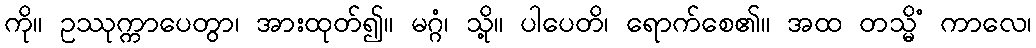
ကို။ ဥဿုက္ကာပေတွာ၊ အားထုတ်၍။ မဂ္ဂံ၊ သို့။ ပါပေတိ၊ ရောက်စေ၏။ အထ တသ္မိံ ကာလေ၊